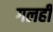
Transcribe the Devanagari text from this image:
गलही